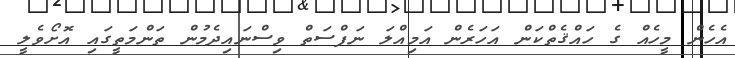
އެހެން މީހެއް ގެ ހައްޤެތްކަން އަހަރެން އަމިއްލަ ނަފްސަތް ވިސްނައިދެމުން ތަންމަތީގައި އޮށޯވެލީ